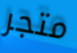
متجر